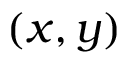
( x , y )